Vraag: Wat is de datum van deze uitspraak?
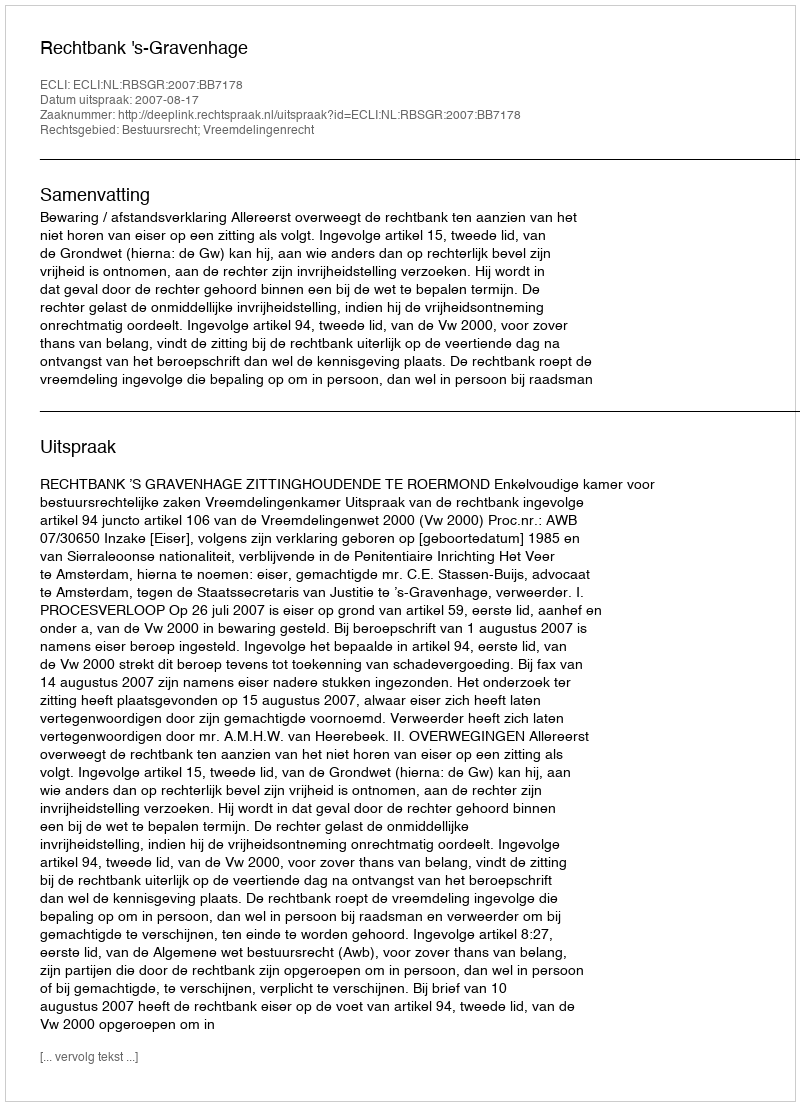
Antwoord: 2007-08-17